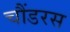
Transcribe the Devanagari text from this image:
चौंडरस